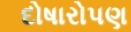
દોષારોપણ